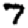
Digit: 7